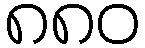
၈၈၀